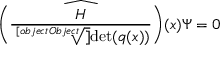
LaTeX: { \widehat { \left( { \frac { H } { \sqrt [ [object Object] ] { \operatorname* { d e t } ( q ( x ) ) } } } \right) } } ( x ) \Psi = 0